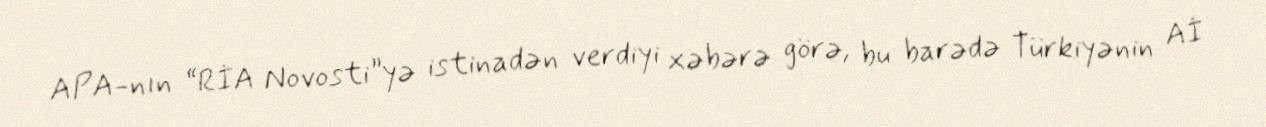
APA-nın “RİA Novosti”yə istinadən verdiyi xəbərə görə, bu barədə Türkiyənin Aİ